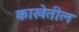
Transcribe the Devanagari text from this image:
काखेतील